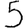
Digit: 5